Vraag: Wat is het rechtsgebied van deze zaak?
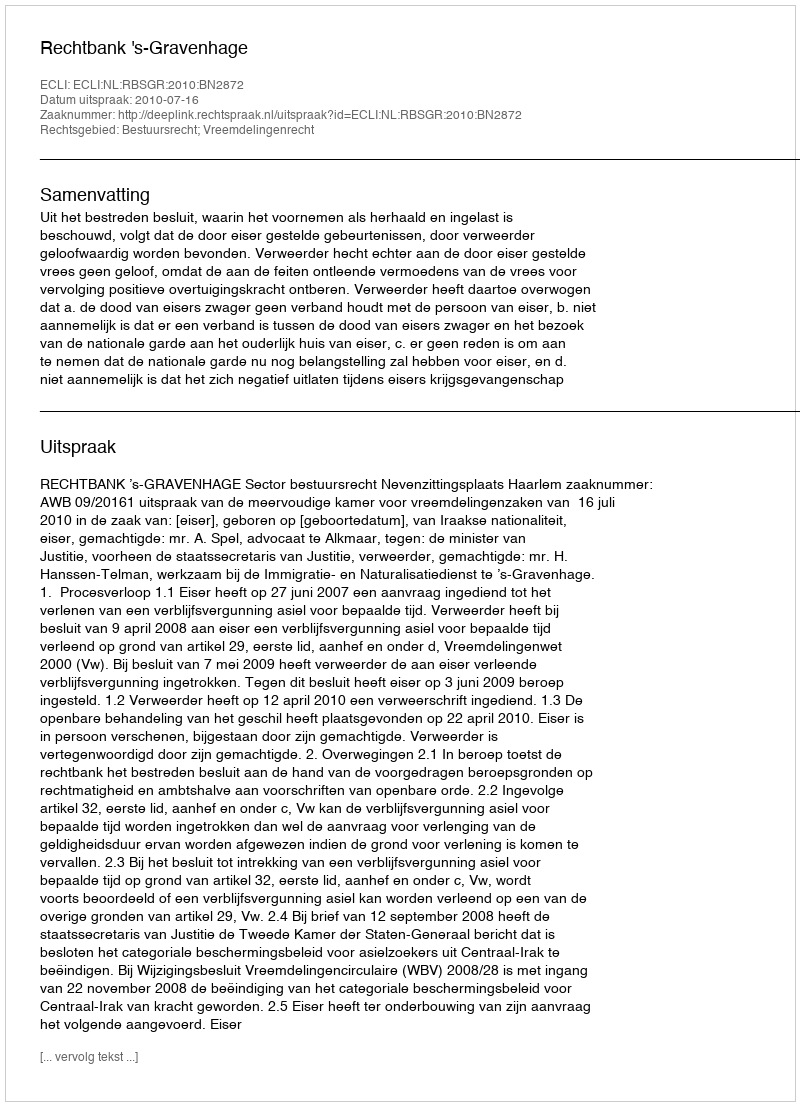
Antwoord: Bestuursrecht; Vreemdelingenrecht